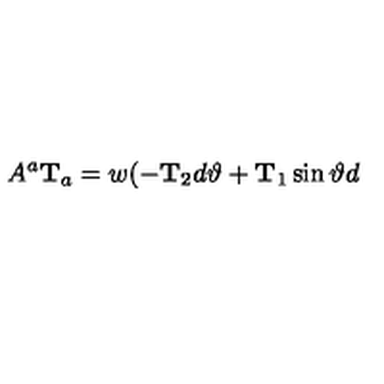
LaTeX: A ^ { a } \mathrm { \bf T } _ { a } = w ( - { \bf T } _ { 2 } d \vartheta + { \bf T } _ { 1 } \sin \vartheta d